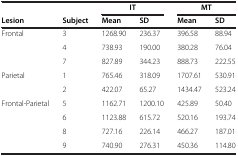
|  |  | <COLSPAN=2> IT | <COLSPAN=2> MT |
 | Lesion | Subject | Mean | SD | Mean | SD |
 | --- | --- | --- | --- | --- | --- |
 | Frontal | 3 | 1268.90 | 236.37 | 396.58 | 88.94 |
 |  | 4 | 738.93 | 190.00 | 380.28 | 76.04 |
 |  | 7 | 827.89 | 344.23 | 888.73 | 222.55 |
 | Parietal | 1 | 765.46 | 318.09 | 1707.61 | 530.91 |
 |  | 2 | 422.07 | 65.27 | 1434.47 | 523.24 |
 | Frontal-Parietal | 5 | 1162.71 | 1200.10 | 425.89 | 50.40 |
 |  | 6 | 1123.88 | 615.72 | 520.16 | 193.74 |
 |  | 8 | 727.16 | 226.14 | 466.27 | 187.01 |
 |  | 9 | 740.90 | 276.31 | 450.36 | 114.80 |